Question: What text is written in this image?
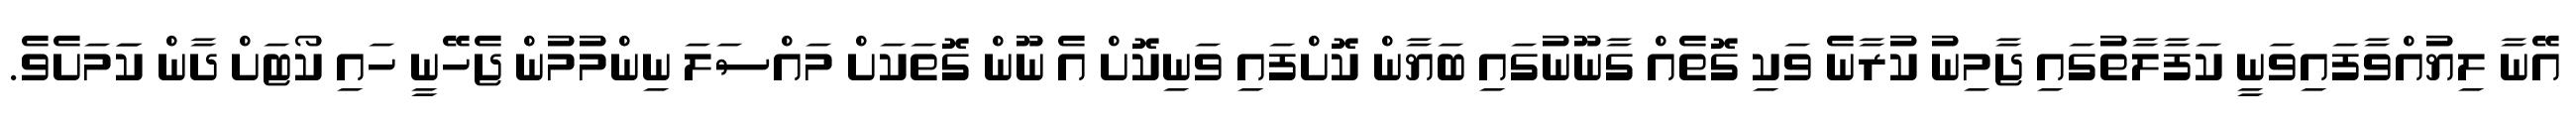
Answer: އޭނާ ލިޔުއްވާފައިވަނީ ކަފާލާތުގައި ޖާމިނު ކުރާނެ ވަކި ގޮތެއް ގާނޫނުގައި ބަޔާން ކޮށްފައި ވަނިކޮށް އެ ނޫން ގޮތަކަށް މައްސަލަ ނިންމުމުން ޖެހޭނީ ހައި ކޯޓަށް ދާން ކަަމަށެވެ.